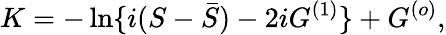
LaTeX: K=-\ln\{ i(S-{\bar{S}})-2iG^{(1)}\} +G^{(o)},